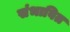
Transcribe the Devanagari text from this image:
संभावित